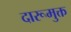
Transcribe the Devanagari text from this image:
दारूमुक्त